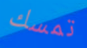
تمسك